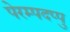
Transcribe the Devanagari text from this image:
पेरम्पदप्पु